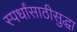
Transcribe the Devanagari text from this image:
स्पर्धांसाठीसुद्धा